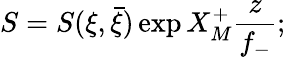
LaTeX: S=S(\xi,\bar{\xi})\exp X_{M}^{+}\frac{z}{f_{-}};